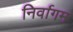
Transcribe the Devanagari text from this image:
निर्वागम